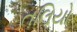
તલિયો